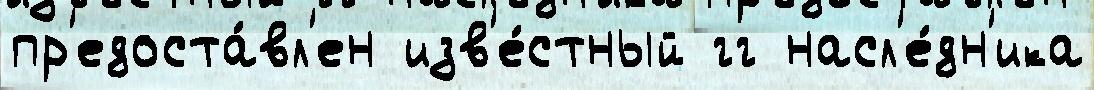
пр'едоста́вл'ен изв'е́стный гг насл'е́дн'ика